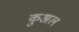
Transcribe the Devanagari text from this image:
कुअल